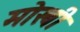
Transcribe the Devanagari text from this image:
मोस्बी